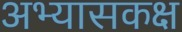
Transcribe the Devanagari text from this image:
अभ्यासकक्ष